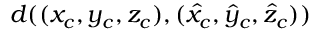
d ( ( x _ { c } , y _ { c } , z _ { c } ) , ( \hat { x } _ { c } , \hat { y } _ { c } , \hat { z } _ { c } ) )